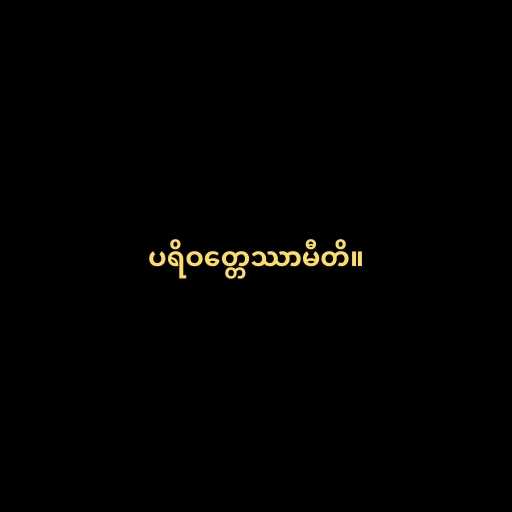
ပရိဝတ္တေဿာမီတိ။